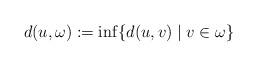
LaTeX: \begin{align*}d(u,\omega):=\inf\{d(u,v)\mid v\in \omega \}\end{align*}